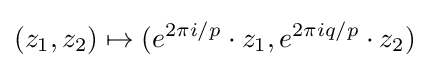
(z_{1},z_{2})\mapsto (e^{2\pi i/p}\cdot z_{1},e^{2\pi iq/p}\cdot z_{2})